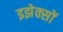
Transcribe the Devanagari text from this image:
इझेक्सों